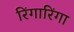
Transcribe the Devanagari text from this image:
रिंगारिंगा